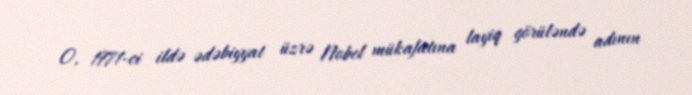
O, 1971-ci ildə ədəbiyyat üzrə Nobel mükafatına layiq görüləndə adının